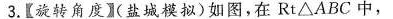
3.【旋转角度】(盐城模拟)如图，在Rt△ABC中，